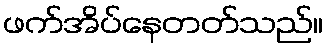
ဖက်အိပ်နေတတ်သည်။